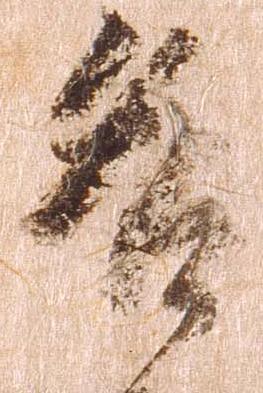
名